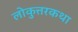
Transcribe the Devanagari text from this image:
लोकुत्तरकथा